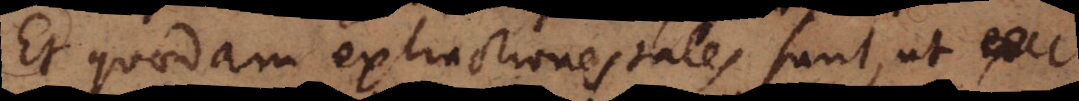
Et quaedam extractiones tales sunt, ut _